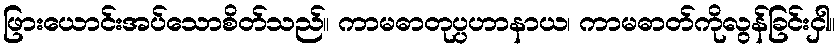
ဖြားယောင်းအပ်သောစိတ်သည်။ ကာမဓာတုပ္ပဟာနာယ၊ ကာမဓာတ်ကိုလွန်ခြင်းငှါ။